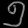
Digit: ၅